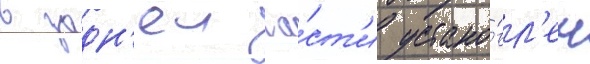
в задн'еи ча́ст'и устано́вл'ен